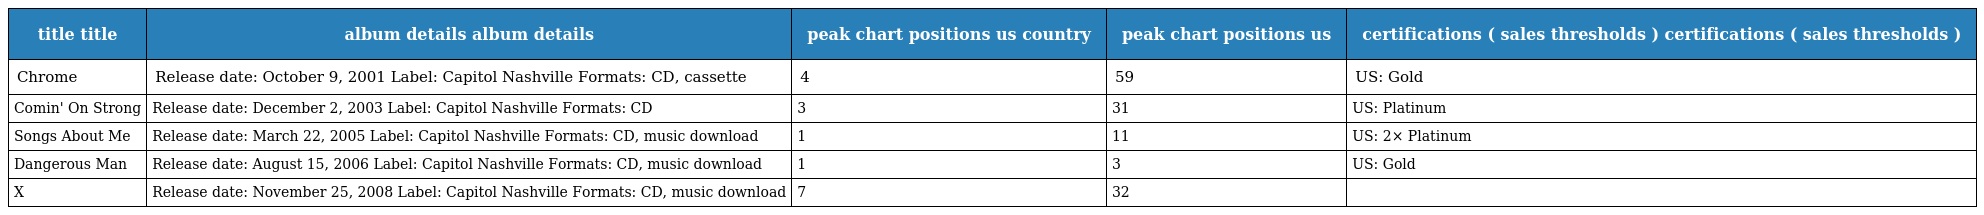
| title title | album details album details | peak chart positions us country | peak chart positions us | certifications ( sales thresholds ) certifications ( sales thresholds ) |
 | --- | --- | --- | --- | --- |
 | Chrome | Release date: October 9, 2001 Label: Capitol Nashville Formats: CD, cassette | 4 | 59 | US: Gold |
 | Comin' On Strong | Release date: December 2, 2003 Label: Capitol Nashville Formats: CD | 3 | 31 | US: Platinum |
 | Songs About Me | Release date: March 22, 2005 Label: Capitol Nashville Formats: CD, music download | 1 | 11 | US: 2× Platinum |
 | Dangerous Man | Release date: August 15, 2006 Label: Capitol Nashville Formats: CD, music download | 1 | 3 | US: Gold |
 | X | Release date: November 25, 2008 Label: Capitol Nashville Formats: CD, music download | 7 | 32 |  |